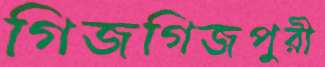
গিজগিজপুরী